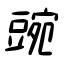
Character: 豌